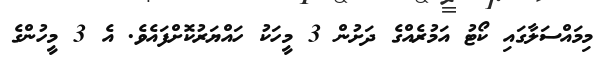
މިމައްސަލާގައި ކޯޓު އަމުރެއްގެ ދަށުން 3 މީހަކު ހައްޔަރުކޮށްފައެވެ. އެ 3 މީހުންގެ